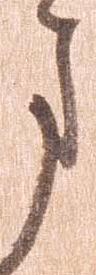
ま